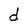
Character: d